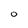
Character: O